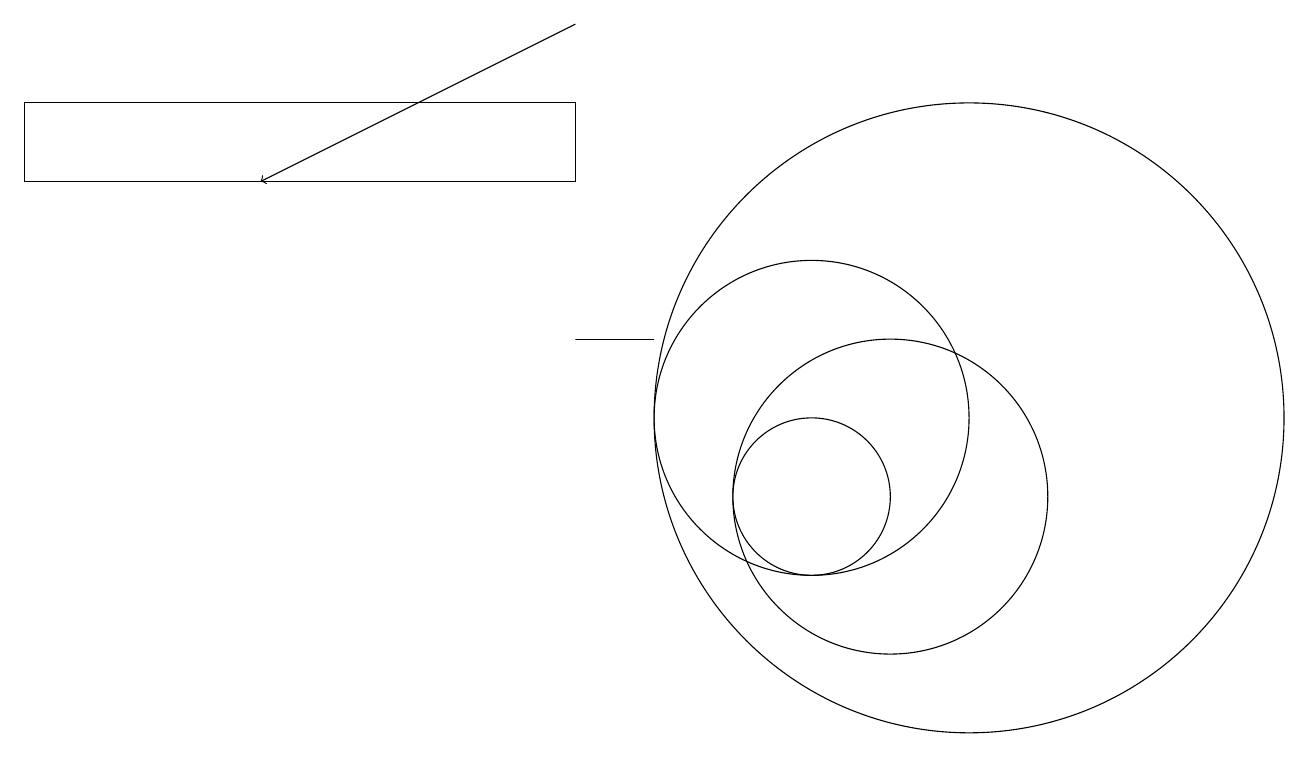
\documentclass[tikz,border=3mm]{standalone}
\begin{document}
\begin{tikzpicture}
\draw[->] (7,16) -- (3,14);
\draw (12,11) circle (4);
\draw (10,11) circle (2);
\draw (7,14) rectangle (0,15);
\draw (11,10) circle (2);
\draw (10,10) circle (1);
\draw (7,12) rectangle (8,12);
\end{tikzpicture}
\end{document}